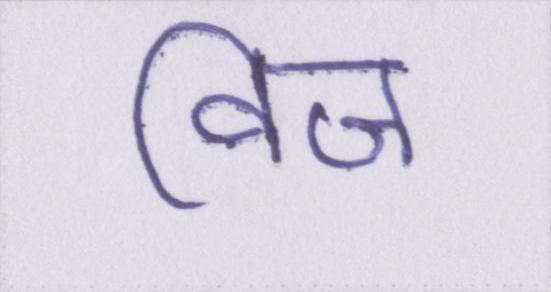
विज